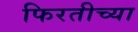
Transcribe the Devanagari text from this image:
फिरतीच्या